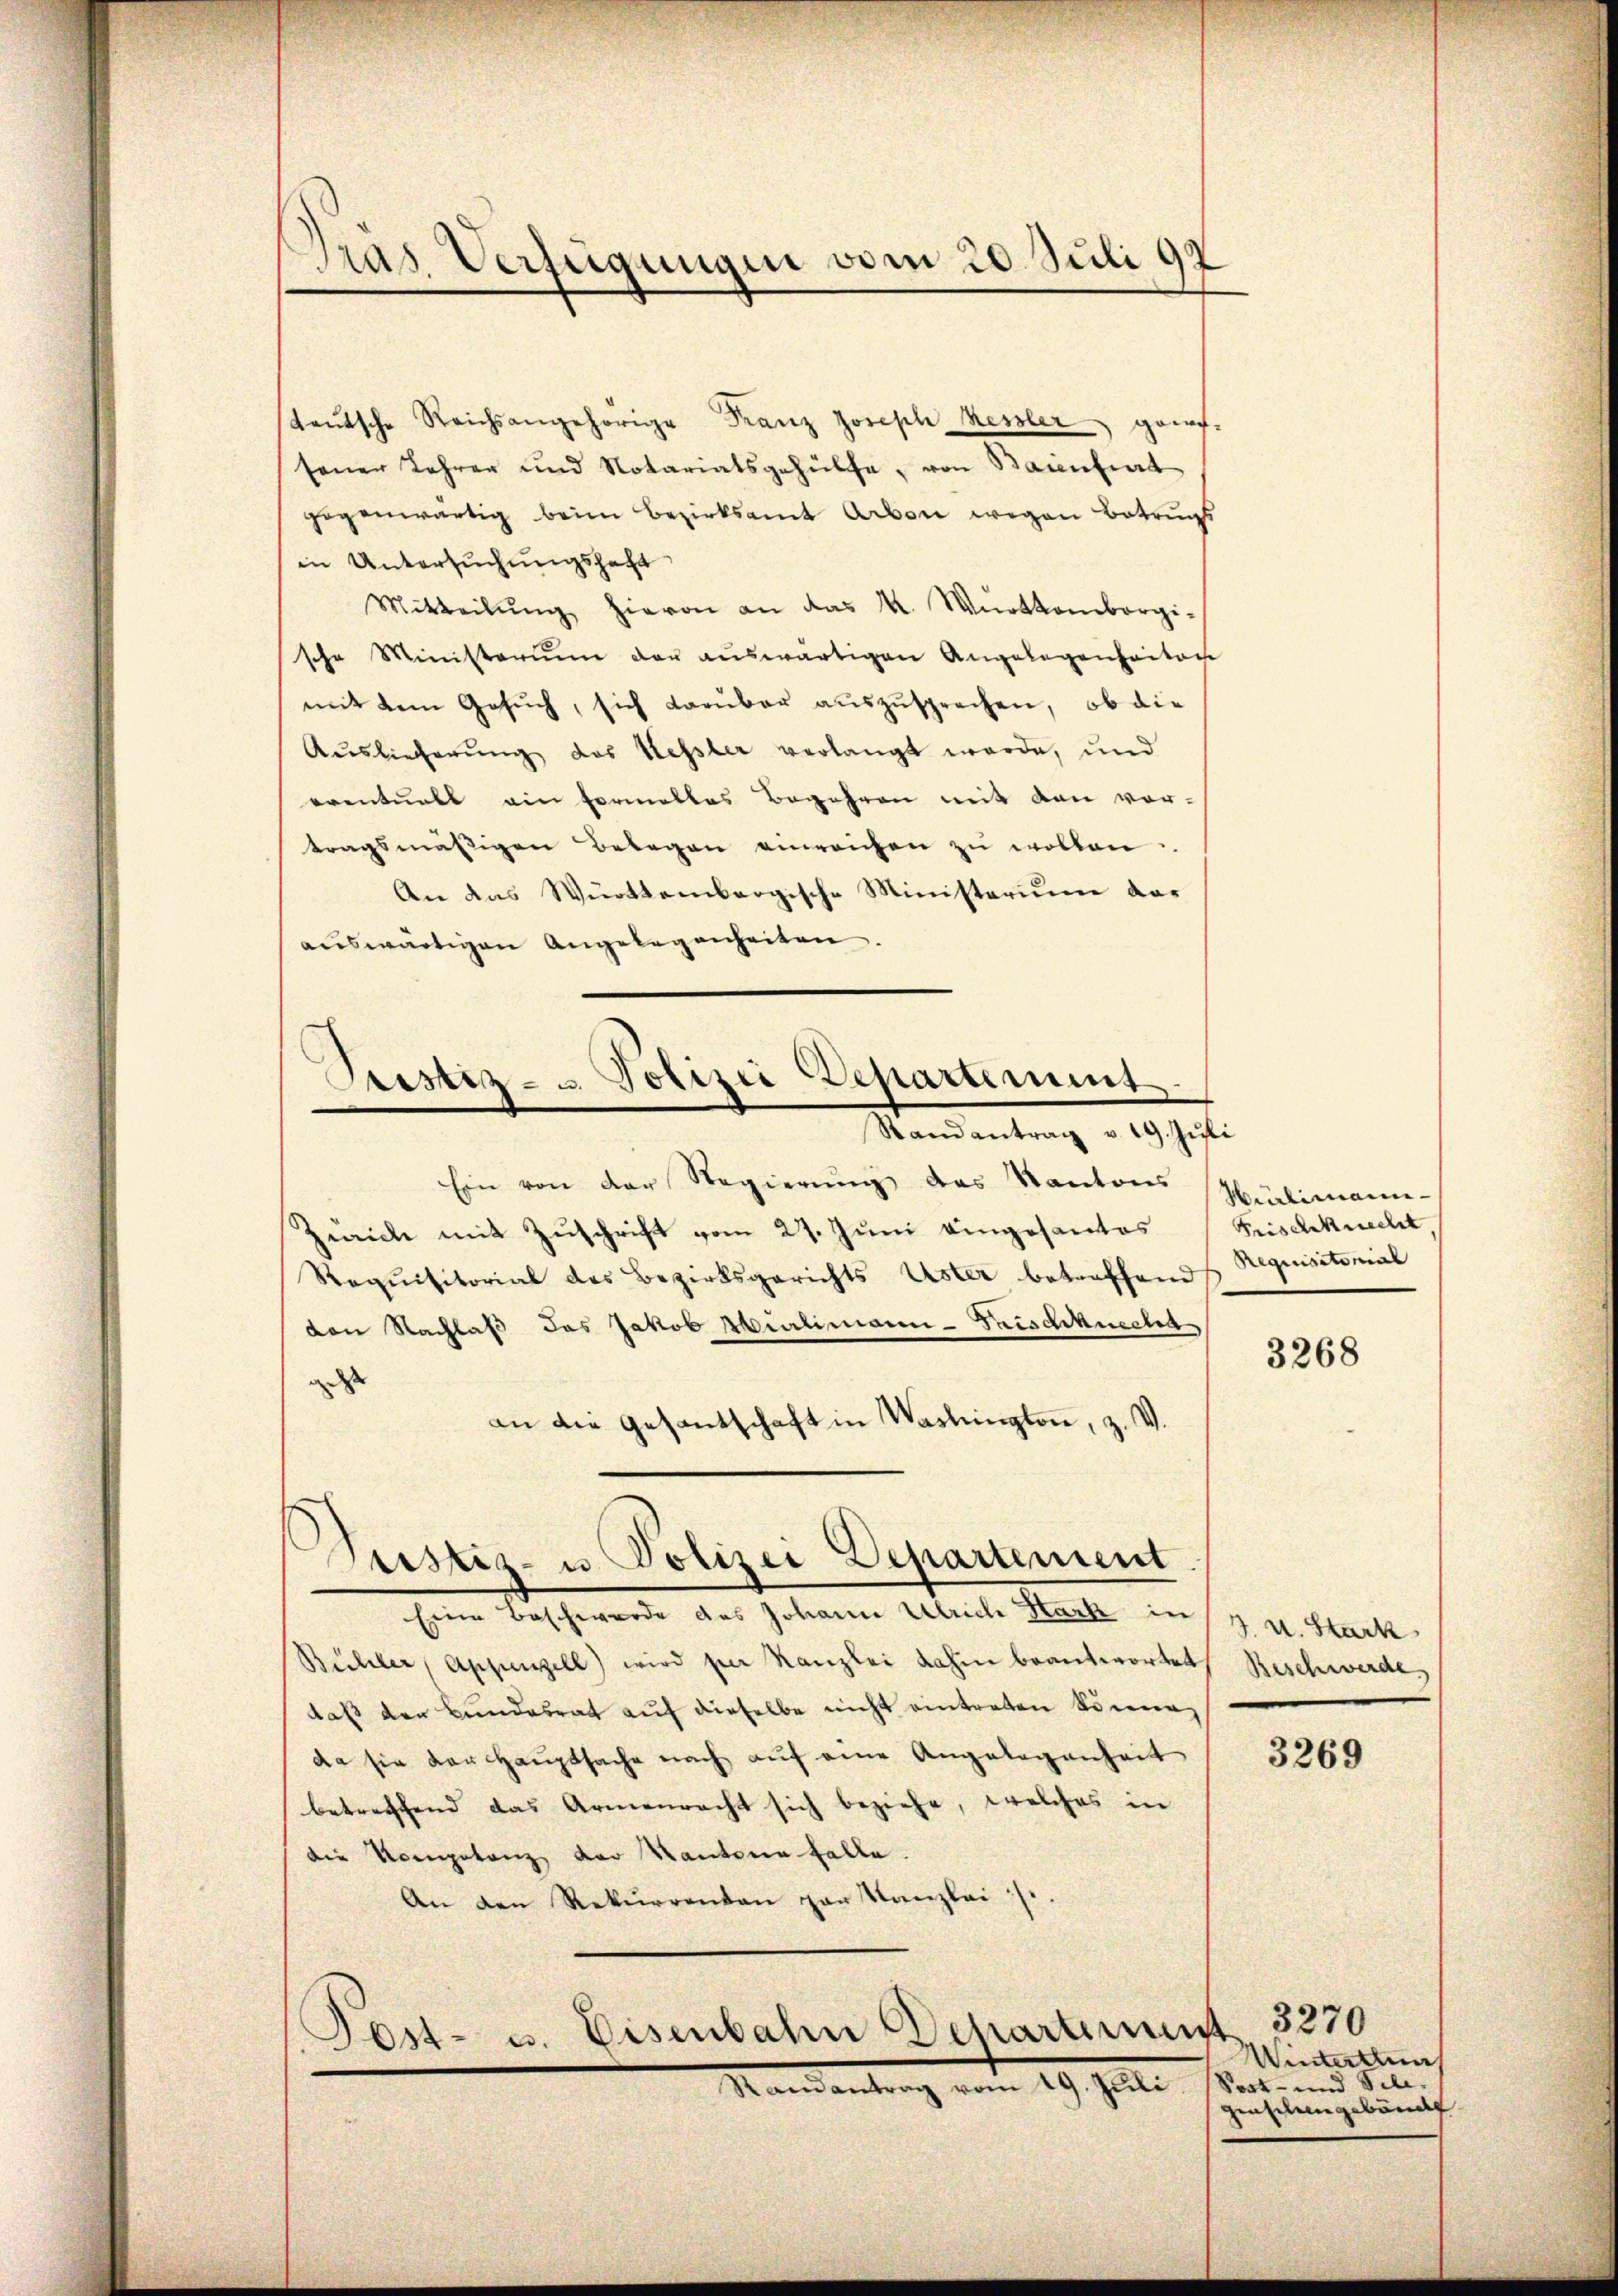
Gras Verfügungen vom 20. Juli 192

Sistiz- u Polizei Departement

teŭtsche Reichsangehörige Franz Joseph Kessler grifsener Lehrer und Notariatsgehülfe, von Baienfiert
gegenwärtig beim Bezirksamt Arben wegen Betrugs
in Untersuchungshaft
Mitteilŭng hievon an das K. Württembergische Ministerium der auswärtigen Angelegenheiten
mit dem Gesŭch, sich darüber aŭszŭsprechen, ob die
Auslieferung des Kessler verlangt werde, und
eventuell ein Formelles Begehren mit den vor-
tragsmäßigen Belegen einreichen zu wollen.
An das Württembergische Ministerium dar
auswärtigen Angelegenheiten.
Randantrag v. 19. Jŭli
Ein von der Regierŭng des Kantons Züclimann-
Zürich mit Zuschrift vom 27. Juni eingesantes Frischknecht
Requisitorial des Bezirksgerichts Uster betreffend
von Nachlaß das Jakob Merlimann-Frischknecht
 |
an die Gesantschaft in Washington, z.
Justiz- u. Polizei Departement
Eine Beschwerde des Johann Ulrich Hark in
Bühler, Appenzell) wird per Kanzlei dahin beantwortet
daß der Bundesrat auf dieselbe nicht eintreten können
da sie der Hauptsache nach auf eine Angelegenheit
betreffend das Armenracht sich beziehe, welches in
die Kompetenz der Kantone falle.
An den Rekurrenten par Kanzlei ist.

Post- u. Eisenbahn Departement 3270
Randantrag vom 19. Juli.

Requisitorial

3268

J. u. Stark
Beschwerde

3269

Wintertreng
Post- und Sch.
genschengebäude